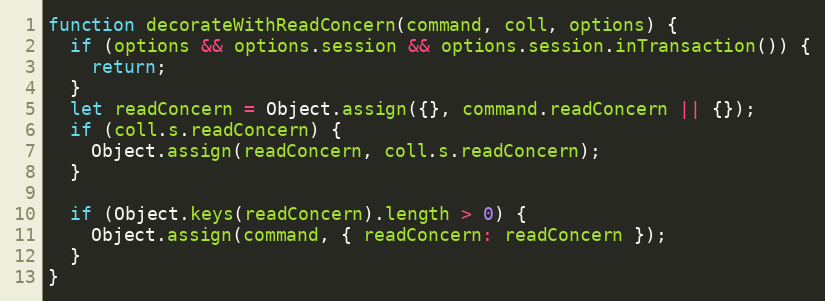
Language: JavaScript
function decorateWithReadConcern(command, coll, options) {
  if (options && options.session && options.session.inTransaction()) {
    return;
  }
  let readConcern = Object.assign({}, command.readConcern || {});
  if (coll.s.readConcern) {
    Object.assign(readConcern, coll.s.readConcern);
  }

  if (Object.keys(readConcern).length > 0) {
    Object.assign(command, { readConcern: readConcern });
  }
}